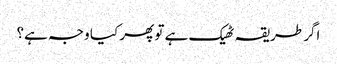
اگر طریقہ ٹھیک ہے تو پھر کیا وجہ ہے؟